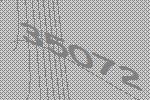
35072